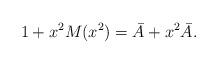
LaTeX: \begin{align*}1+x^2M(x^2) = \bar{A} + x^2 \bar{A}.\end{align*}